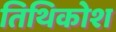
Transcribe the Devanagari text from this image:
तिथिकोश